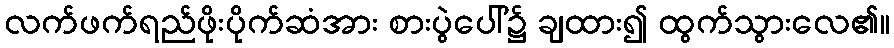
လက်ဖက်ရည်ဖိုးပိုက်ဆံအား စားပွဲပေါ်၌ ချထား၍ ထွက်သွားလေ၏။